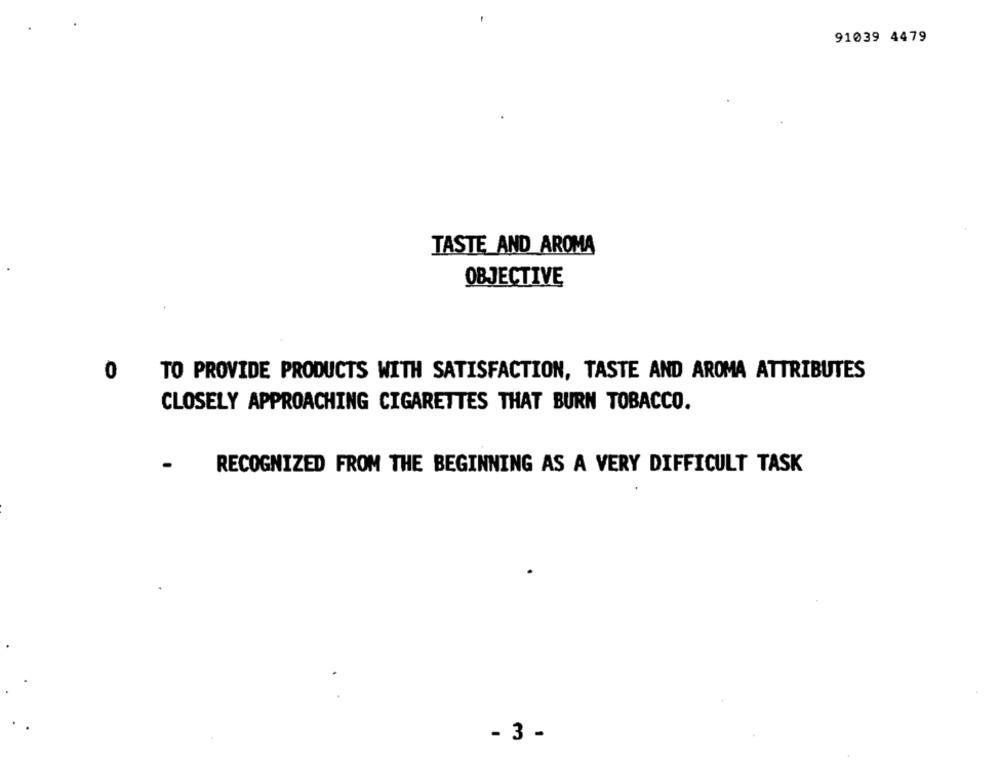
91039 4479
TASTE AND AROMA
OBJECTIVE
0
TO PROVIDE PRODUCTS WITH SATISFACTION, TASTE AND AROMA ATTRIBUTES
CLOSELY APPROACHING CIGARETTES THAT BURN TOBACCO.
RECOGNIZED FROM THE BEGINNING AS A VERY DIFFICULT TASK
- 3 -